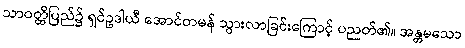
သာဝတ္ထိပြည်၌ ရှင်ဥဒါယီ အောင်တမန် သွားလာခြင်းကြောင့် ပညတ်၏။ အန္တမသော